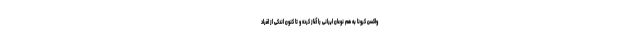
واکسن کرونا به هم نوعان ایرانی را آغاز کرده و تا کنون اندکی از افراد